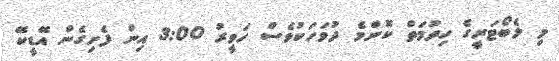
މި ލެބޯޓަރީގެ ހިދުމަތް ކޮންމެ ދުވަހަކުވެސް ހަވީރު 3:00 އިން ފެށިގެން އޭޑީކޭ